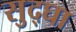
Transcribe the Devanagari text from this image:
सुद्घा